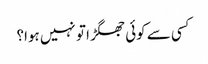
کسی سے کوئی جھگڑا تو نہیں ہوا؟